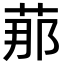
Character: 𦰡